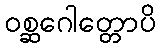
ဝစ္ဆဂေါတ္တောပိ